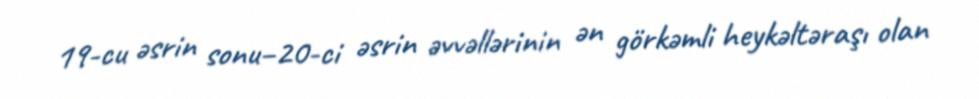
19-cu əsrin sonu–20-ci əsrin əvvəllərinin ən görkəmli heykəltəraşı olan